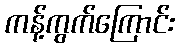
ကန့်ကွက်ကြောင်း